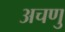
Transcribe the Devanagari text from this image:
अचणु